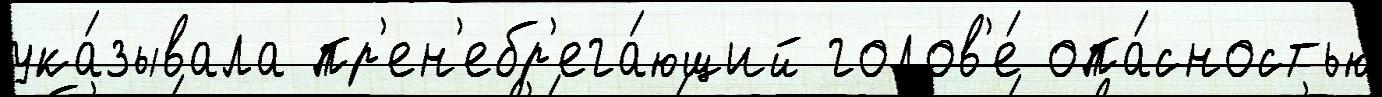
ука́зывала пр'ен'ебр'ега́ющий голов'е́ опа́сностью